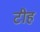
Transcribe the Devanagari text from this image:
टीह